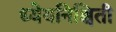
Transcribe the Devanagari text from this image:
ध्येयनिश्चिती